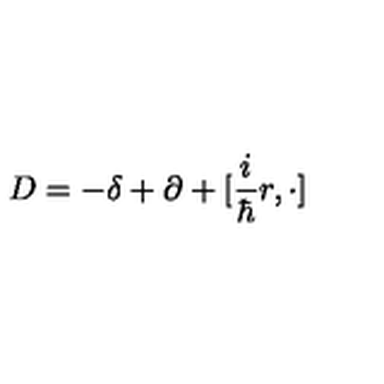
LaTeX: D = - \delta + \partial + [ \frac { i } { \hbar } r , \cdot ]